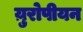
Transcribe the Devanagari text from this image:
य़ुरोपीयन